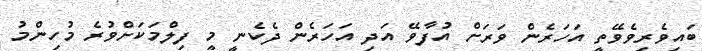
ބައިވެރިވެވޭތީ އަހަރެން ވަރަށް އުފާވޭ އަދި އަހަރެން ދެކެނީ މީ ފިލްމަކަށްވުރެ މުހިންމު